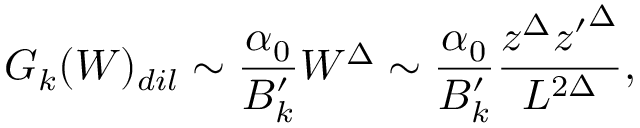
G _ { k } ( W ) _ { d i l } \sim { \frac { \alpha _ { 0 } } { B _ { k } ^ { \prime } } } W ^ { \Delta } \sim { \frac { \alpha _ { 0 } } { B _ { k } ^ { \prime } } } { \frac { z ^ { \Delta } { z ^ { \prime } } ^ { \Delta } } { L ^ { 2 \Delta } } } ,